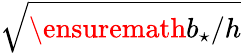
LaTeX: \sqrt{\ensuremath{b_{\star}}/h}